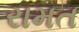
રામત